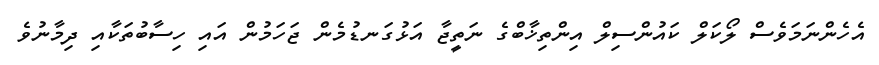
އެހެންނަމަވެސް ލޯކަލް ކައުންސިލް އިންތިޚާބްގެ ނަތީޖާ އަޅުގަނޑުމެން ޖަހަމުން އައި ހިސާބުތަކާއި ދިމާނުވެ